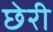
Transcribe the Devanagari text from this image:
छेरी